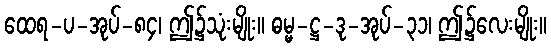
ထေရ-ပ-အုပ်-၈၄၊ ဤ၌သုံးမျိုး။ ဓမ္မ-ဋ္ဌ-ဒု-အုပ်-၃၁၊ ဤ၌လေးမျိုး။